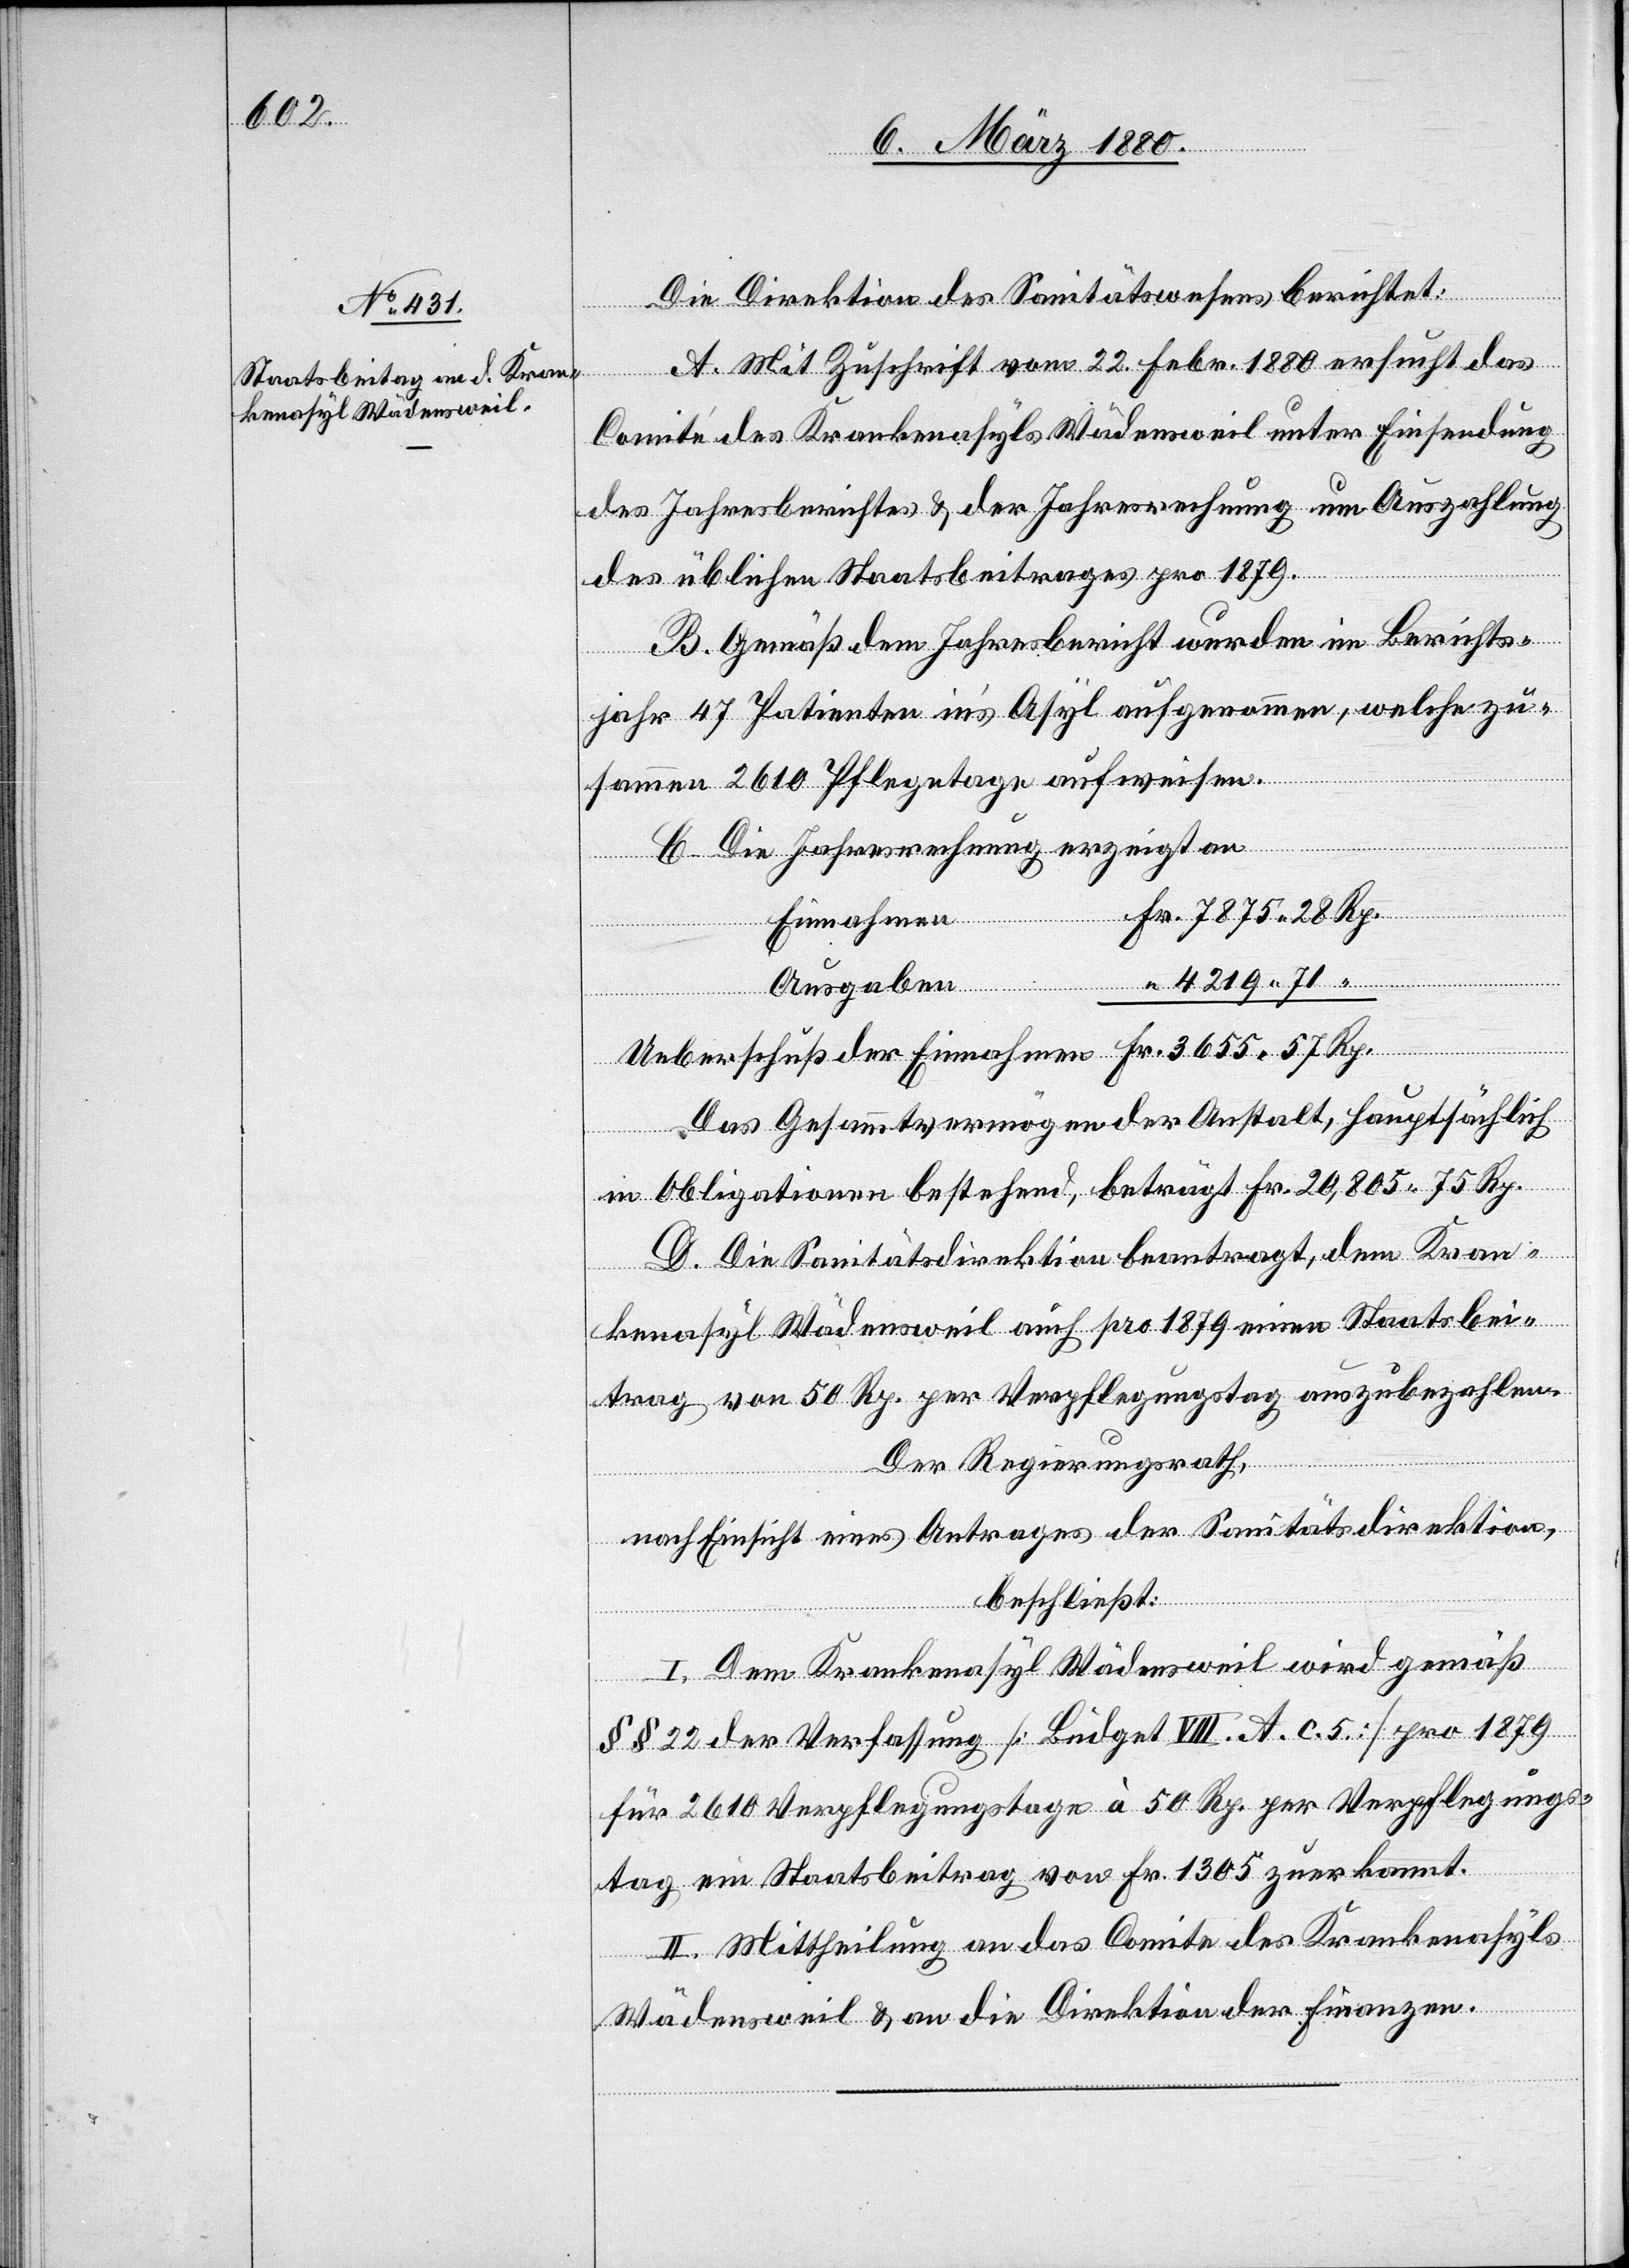
Die Direktion des Sanitätswesens berichtet:
A. Mit Zuschrift vom 22. Febr 1880 ersucht das
Comité des Krankenasyls Wädensweil unter Einsendung
des Jahresberichtes & der Jahresrechnung um Auszahlung
des üblichen Staatsbeitrages pro 1879.
B. Gemäß dem Jahresbericht wurden im Berichts¬
jahr 47 Patienten in’s Asyl aufgenommen, welche zu¬
sammen 2610 Pflegetage aufweisen.
C. Die Jahresrechnung erzeigt an
Einnahmen
Ausgaben
“
Das Gesammtvermögen der Anstalt, hauptsächlich
Rp.
in Obligationen bestehend, beträgt Fr. 20, 805 75 Rp.
D. Die Sanitätsdirektion beantragt, dem Kran¬
kenasyl Wädensweil auch pro 1879 einen Staatsbei¬
trag von 50 Rp. per Verpflegungstag auszubezahlen.
Der Regierungsrath,
nach Einsicht eines Antrages der Sanitätsdirektion,
beschließt:
“
I. Dem Krankenasyl Wädensweil wird gemäß
§§ 22 der Verfassung [Büdget VIII. A. c. 5.] pro 1879
für 2610 Verpflegungstage à 50 Rp. per Verpflegungs¬
tag ein Staatsbeitrag von Fr. 1305 zuerkannt.
II. Mittheilung an das Comite des Krankenasyls
Ueberschuß
Wädensweil & an die Direktion der Finanzen.